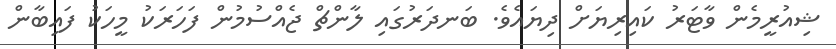
ޝިއުރީމެން ވާޓަރު ކައިރިޔަށް ދިޔައެވެ. ބަނދަރުގައި ލާންޗް ޖެއްސުމުން ފަހަރަކު މީހަކު ފައިބާން